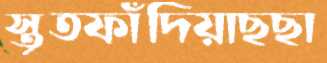
স্তূতফাঁদিয়াছছা